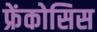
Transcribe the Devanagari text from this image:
फ्रेंकोसिस